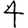
Digit: 4